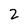
Character: Z